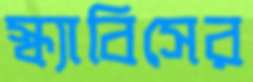
স্ক্যাবিসের